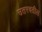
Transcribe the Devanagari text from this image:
उतरवतील